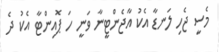
މެސީ ޖެހި ލަނޑާ އެކު އާޖެންޓީނާ ވަނީ ހަ ޕޮއިންޓާ އެކު ދެ